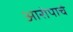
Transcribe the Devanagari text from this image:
आरोपाचे